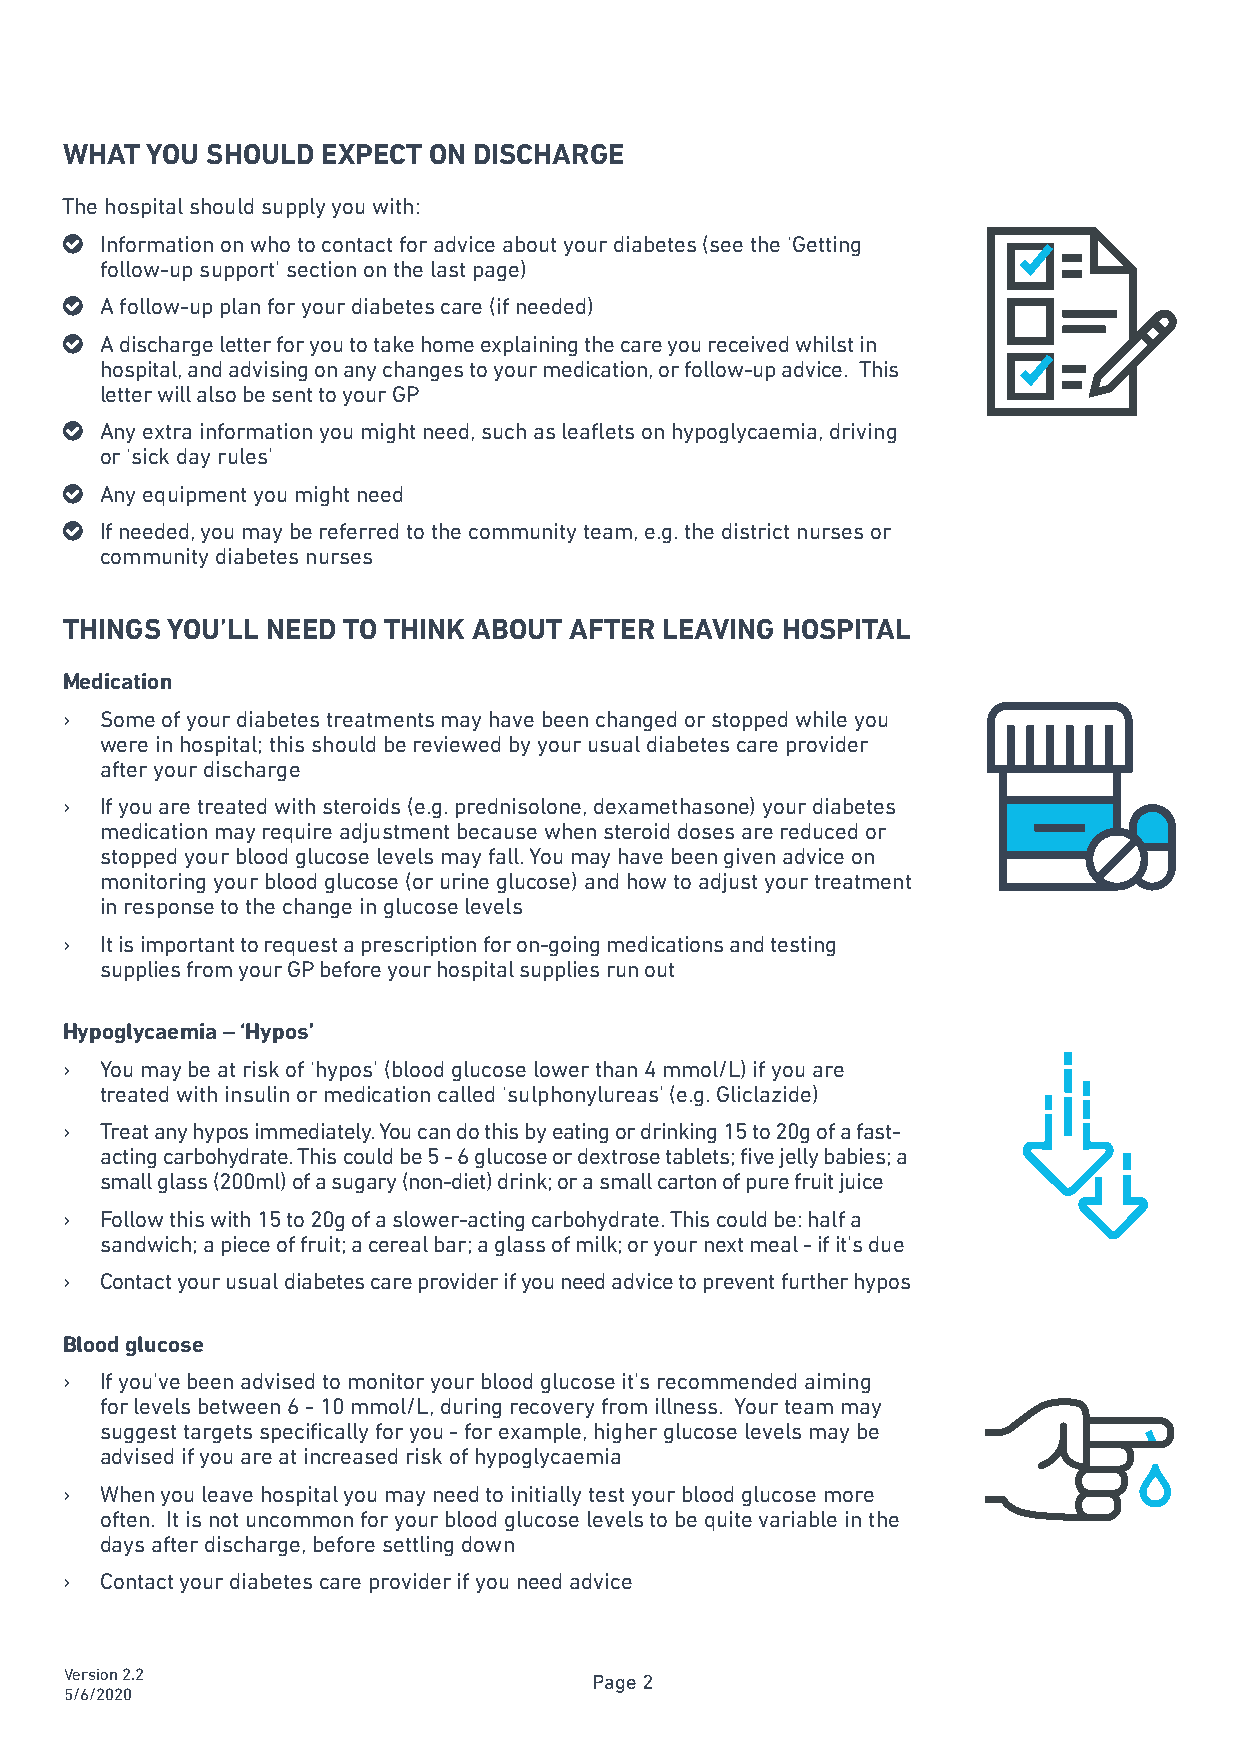
WHAT  YOU SHOULD EXPECT ON DISCHARGE
 The hospital should supply you with:
 o  Information on who to contact for advice about your diabetes (see the ‘Getting
 follow-up support’ section on the last page)
 o  A follow-up plan for your diabetes care (if needed)
 o  A discharge letter for you to take home explaining the care you received whilst in
 hospital, and advising on any changes to your medication, or follow-up advice. This
 letter will also be sent to your GP
 o  Any extra information you might need, such as leaflets on hypoglycaemia, driving
 or ‘sick day rules’
 o  Any equipment you might need
 o  If needed, you may be referred to the community team, e.g. the district nurses or
 community diabetes nurses
 THINGS YOU’LL NEED TO THINK ABOUT AFTER LEAVING HOSPITAL
 Medication
 ›  Some of your diabetes treatments may have been changed or stopped while you
 were in hospital; this should be reviewed by your usual diabetes care provider
 after your discharge
 ›  If you are treated with steroids (e.g. prednisolone, dexamethasone) your diabetes
 medication may require adjustment because when steroid doses are reduced or
 stopped your blood glucose levels may fall. You may have been given advice on
 monitoring your blood glucose (or urine glucose) and how to adjust your treatment
 in response to the change in glucose levels
 ›  It is important to request a prescription for on-going medications and testing
 supplies from your GP before your hospital supplies run out
 Hypoglycaemia – ‘Hypos’
 ›  You may be at risk of ‘hypos’ (blood glucose lower than 4 mmol/L) if you are
 treated with insulin or medication called ‘sulphonylureas’ (e.g. Gliclazide)
 ›  Treat any hypos immediately. You can do this by eating or drinking 15 to 20g of a fast-
 acting carbohydrate. This could be 5 - 6 glucose or dextrose tablets; five jelly babies; a
 small glass (200ml) of a sugary (non-diet) drink; or a small carton of pure fruit juice
 ›  Follow this with 15 to 20g of a slower-acting carbohydrate. This could be: half a
 sandwich; a piece of fruit; a cereal bar; a glass of milk; or your next meal - if it’s due
 ›  Contact your usual diabetes care provider if you need advice to prevent further hypos
 Blood glucose
 ›  If you’ve been advised to monitor your blood glucose it’s recommended aiming
 for levels between 6 - 10 mmol/L, during recovery from illness. Your team may
 suggest targets specifically for you - for example, higher glucose levels may be
 advised if you are at increased risk of hypoglycaemia
 ›  When you leave hospital you may need to initially test your blood glucose more
 often. It is not uncommon for your blood glucose levels to be quite variable in the
 days after discharge, before settling down
 ›  Contact your diabetes care provider if you need advice
 Version 2.2                        Page 2
 5/6/2020